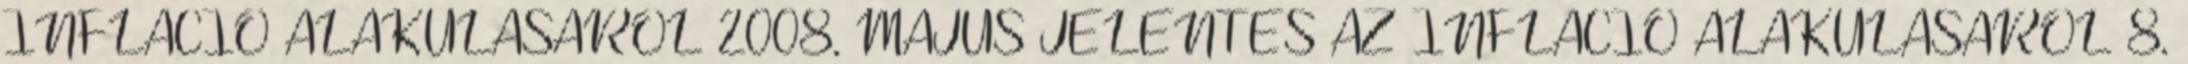
INFLÁCIÓ ALAKULÁSÁRÓL 2008. MÁJUS JELENTÉS AZ INFLÁCIÓ ALAKULÁSÁRÓL 8.